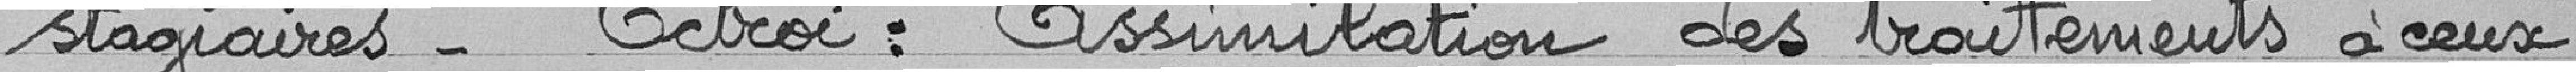
stagiaires - Octroi : assimilation des traitements à ceux